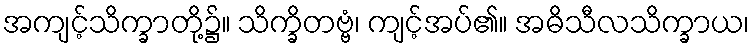
အကျင့်သိက္ခာတို့၌။ သိက္ခိတဗ္ဗံ၊ ကျင့်အပ်၏။ အဓိသီလသိက္ခာယ၊